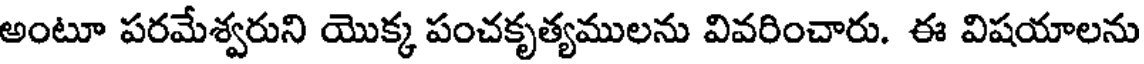
అంటూ పరమేశ్వరుని యొక్క పంచకృత్యములను వివరించారు. ఈ విషయాలను